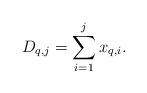
\begin{align*}D_{q,j}=\sum_{i=1}^{j}x_{q,i}.\end{align*}